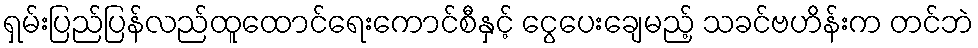
ရှမ်းပြည်ပြန်လည်ထူထောင်ရေးကောင်စီနှင့် ငွေပေးချေမည့် သခင်ဗဟိန်းက တင်ဘဲ